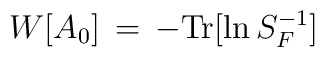
W[A_0] \,=\, - {\rm Tr} [ \ln S_F^{-1} ]